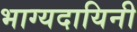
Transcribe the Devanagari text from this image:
भाग्यदायिनी